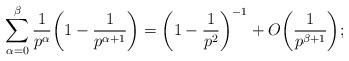
LaTeX: \begin{align*} \sum_{\alpha = 0}^{\beta} \frac{1}{p^{\alpha}} \bigg(1 - \frac{1}{p^{\alpha + 1}}\bigg) = \bigg(1 - \frac{1}{p^2}\bigg)^{-1} + O\bigg(\frac{1}{p^{\beta + 1}}\bigg);\end{align*}